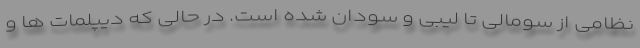
نظامی از سومالی تا لیبی و سودان شده است. در حالی که دیپلمات ها و